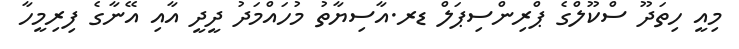
މިއީ ހިތަދޫ ސްކޫލްގެ ޕްރިންސިޕަލް ޑރ.އާސިޔާތު މުހައްމަދު ދީދީ އާއި އޭނާގެ ފިރިމީހާ